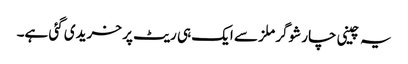
یہ چینی چار شوگر ملز سے ایک ہی ریٹ پر خریدی گئی ہے۔